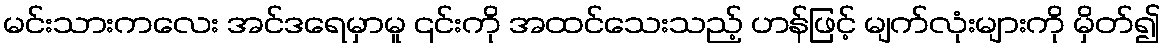
မင်းသားကလေး အင်ဒရေမှာမူ ၎င်းကို အထင်သေးသည့် ဟန်ဖြင့် မျက်လုံးများကို မှိတ်၍